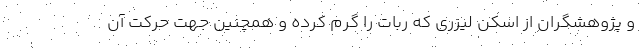
و پژوهشگران از اسکن لیزری که ربات را گرم کرده و همچنین جهت حرکت آن